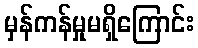
မှန်ကန်မှုမရှိကြောင်း